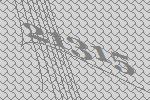
21315